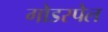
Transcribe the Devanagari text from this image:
गोडस्पेल